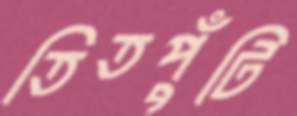
তিতপুঁটি